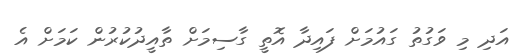
އަދި މި ވަގުތު ގައުމަށް ފައިދާ އޮތީ ގާސިމަށް ތާއީދުކުރުން ކަމަށް އެ